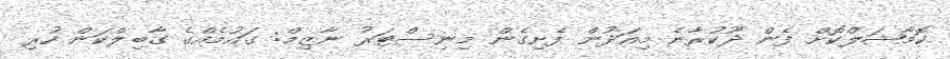
ކޮމާޝަލްކޮށް ފެން ދޫކުރާނެ މިއަދުން ފެށިގެން މިނިސްޓަރު ނާޒިމް: ގައުމެއްގެ ގާބިލްކަން ހުރި